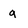
Character: g